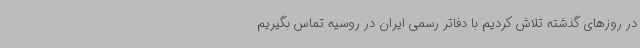
در روزهای گذشته تلاش کردیم با دفاتر رسمی ایران در روسیه تماس بگیریم